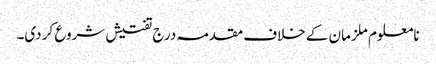
نامعلوم ملزمان کے خلاف مقدمہ درج تفتیش شروع کر دی۔